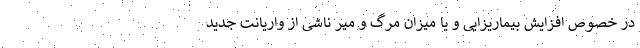
در خصوص افزایش بیماریزایی و یا میزان مرگ و میر ناشی از واریانت جدید